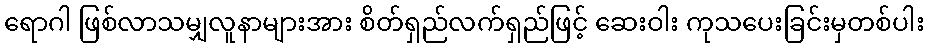
ရောဂါ ဖြစ်လာသမျှလူနာများအား စိတ်ရှည်လက်ရှည်ဖြင့် ဆေးဝါး ကုသပေးခြင်းမှတစ်ပါး